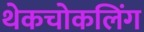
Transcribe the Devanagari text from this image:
थेकचोकलिंग